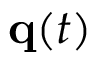
\mathbf { q } ( t )